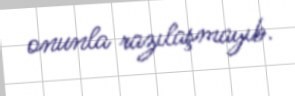
onunla razılaşmayıb.